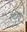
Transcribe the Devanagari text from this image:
रदोम